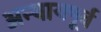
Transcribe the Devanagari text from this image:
अन्यायपूर्व